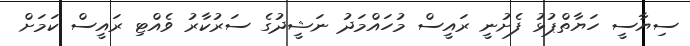
ސިޔާސީ ހަޔާތްޕުޅު ފެށުނީ ރައީސް މުހައްމަދު ނަޝީދުގެ ސަރުކާރު ވެއްޓި ރައީސް ކަމަށް